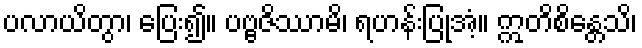
ပလာယိတွာ၊ ပြေး၍။ ပဗ္ဗဇိဿာမိ၊ ရဟန်းပြုအံ့။ ဣတိစိန္တေသိ၊